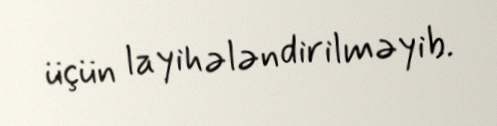
üçün layihələndirilməyib.